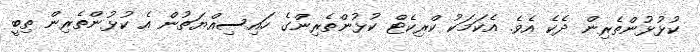
ކުޅުޅުންތެރިން ދެކެ އެވެ. އެކަމަކު ކްރިކެޓް ކުޅުންތެރިންގެ ހައިސިއްޔަތުން އެ ކުޅުންތެރިން ތިބީ